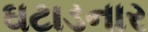
ઘટાડનાર